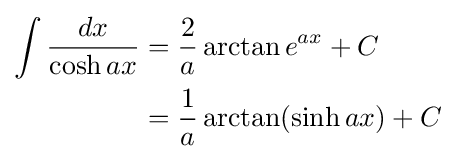
{\begin{aligned}\int {\frac {dx}{\cosh ax}}&={\frac {2}{a}}\arctan e^{ax}+C\\&={\frac {1}{a}}\arctan(\sinh ax)+C\end{aligned}}